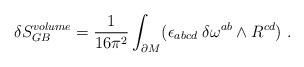
LaTeX: \begin{align*}\delta S_{GB}^{volume} = {1\over 16 \pi^2}\int_{\partial M }(\epsilon_{abcd}\; \delta \omega^{ab} \wedge R^{cd}) \ .\end{align*}